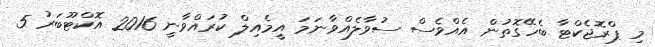
މި ޕްރޮޖެކްޓާ ބެހޭގޮތުން އެއްވެސް ސުވާލެއްވާނަމަ އީމެއިލް ކުރައްވާނީ 2016 އޮކްޓޫބަރު 5